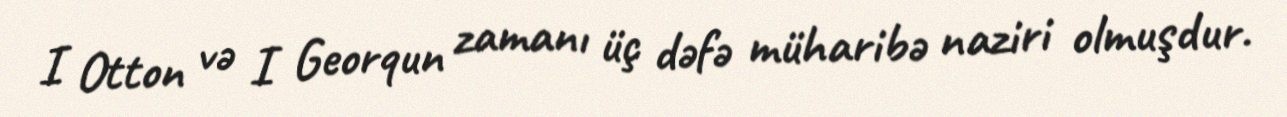
I Otton və I Georqun zamanı üç dəfə müharibə naziri olmuşdur.